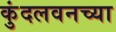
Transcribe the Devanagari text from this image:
कुंदलवनच्या